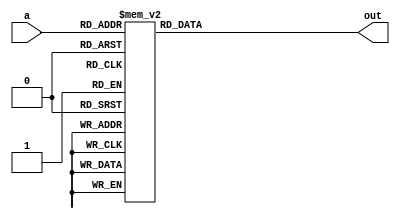
module decoder4
(
	a,
	out
);

	input [3:0] a;
	output reg [15:0] out;

	always @(*)
	begin
		case (a)
		4'b0000 : out <= 16'b0000000000000001;
		4'b0001 : out <= 16'b0000000000000010;
		4'b0010 : out <= 16'b0000000000000100;
		4'b0011 : out <= 16'b0000000000001000;
		4'b0100 : out <= 16'b0000000000010000;
		4'b0101 : out <= 16'b0000000000100000;
		4'b0110 : out <= 16'b0000000001000000;
		4'b0111 : out <= 16'b0000000010000000;
		4'b1000 : out <= 16'b0000000100000000;
		4'b1001 : out <= 16'b0000001000000000;
		4'b1010 : out <= 16'b0000010000000000;
		4'b1011 : out <= 16'b0000100000000000;
		4'b1100 : out <= 16'b0001000000000000;
		4'b1101 : out <= 16'b0010000000000000;
		4'b1110 : out <= 16'b0100000000000000;
		4'b1111 : out <= 16'b1000000000000000;
		endcase
	end

endmodule